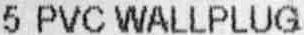
5 PVC WALLPLUG